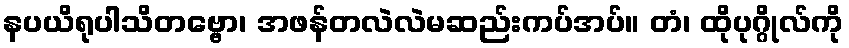
နပယိရုပါသိတဗ္ဗော၊ အဖန်တလဲလဲမဆည်းကပ်အပ်။ တံ၊ ထိုပုဂ္ဂိုလ်ကို